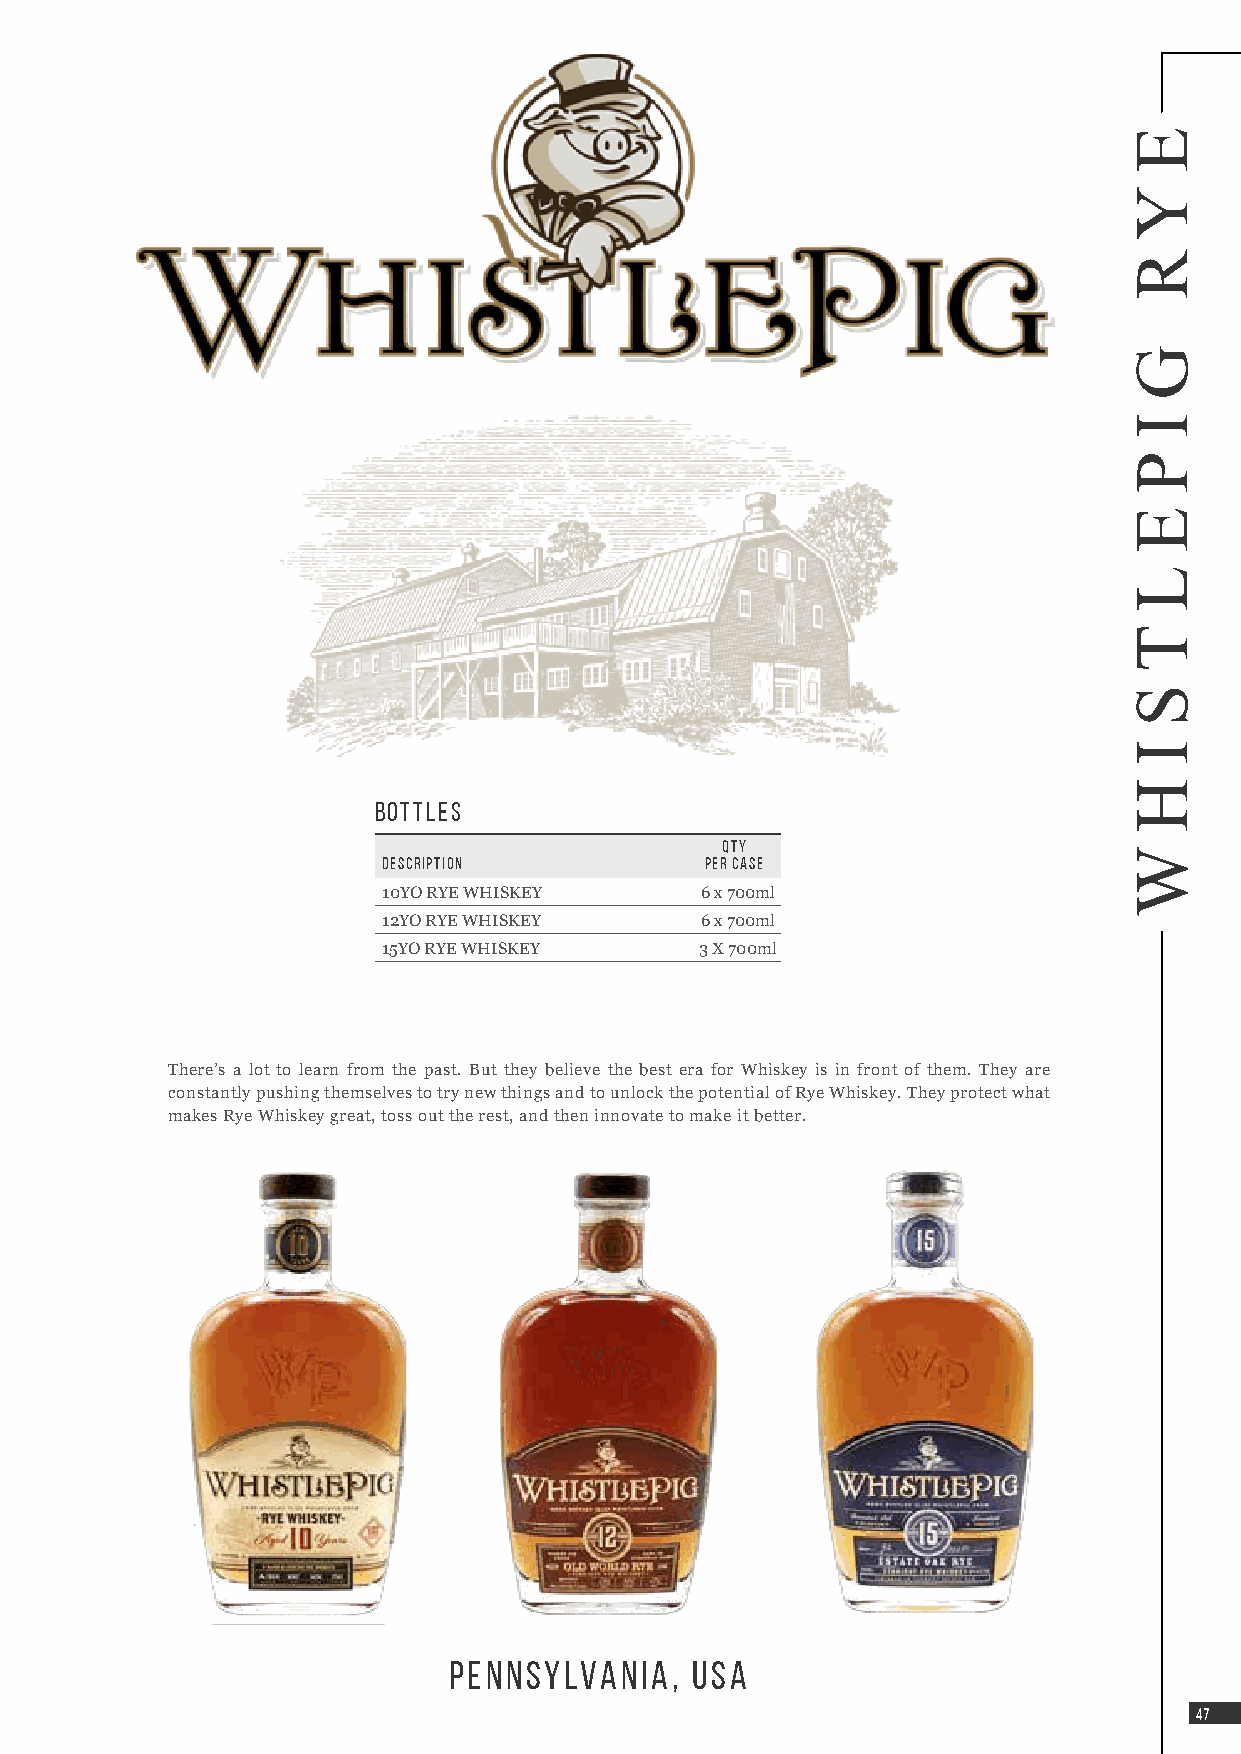
BOTTLES
 QTY
 DESCRIPTION           PER CASE
 10YO RYE WHISKEY     6 x 700ml
 12YO RYE WHISKEY     6 x 700ml
 15YO RYE WHISKEY     3 X 700ml
 There’s a lot to learn from the past. But they believe the best era for Whiskey is in front of them. They are
 constantly pushing themselves to try new things and to unlock the potential of Rye Whiskey. They protect what
 makes Rye Whiskey great, toss out the rest, and then innovate to make it better.
 Straight rye WhiSkey Old WOrld rye       Vermont estate oak
 Aged 10 Years       Aged 12 Years        Aged 15 Years
 750mL | 50% ABV | ALM Code - 005372 750mL | 43% ABV | ALM Code - 005424 750mL | 46% ABV | ALM Code - 005411
 Fortune, superb taste, and hustle lead the Rye inspired by Old World barrel-aging At 92 proof & one of the oldest expressions,
 WhistlePig team to the discovery of an aged traSdinitgiolen sG. TITNhis 86-proof 12 year-old rye tShiins gilse tGheT IfiNrst WhistlePig product finished in Single GTIN
 rye whiskey stock in Alberta, Canada. whiskey is a marriage of whiskeys aged Vermont Estate Oak harvested right from our
 Rescued from misuse as a blending whiskey, in New American Oak and ingeniously farm. Vermont oak has more rings than the
 they aged it in new American Oak, finished in Port (7%), French standard oak used in whiskey barrels,
 then hand-bottled this rye on Sauternes (30%), and Madeira and each ring is an opportunity
 its own. We’re honoured to casks (63%). Elements that to impart more flavour and
 present the most awarded rye are most quintessential in an depth in the whiskey. With a
 whiskey in the world. American rye are enhanced score of 97 points from Wine
 – boldness and character – Enthusiast and perfected
 producing a smooth easy over 15 years, we are proud
 drinking whiskey.    to offer this pure expression
 of Vermont’s best.
 PENNSYLVANIA,   USA
 4477
 E
 Y
 R
 G
 I
 P
 E
 L
 T
 S
 I
 H
 W